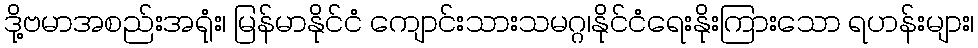
ဒို့ဗမာအစည်းအရုံး၊ မြန်မာနိုင်ငံ ကျောင်းသားသမဂ္ဂ၊နိုင်ငံရေးနိုးကြားသော ရဟန်းများ၊